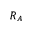
R _ { A }